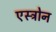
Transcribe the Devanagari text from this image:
एस्ट्रोन